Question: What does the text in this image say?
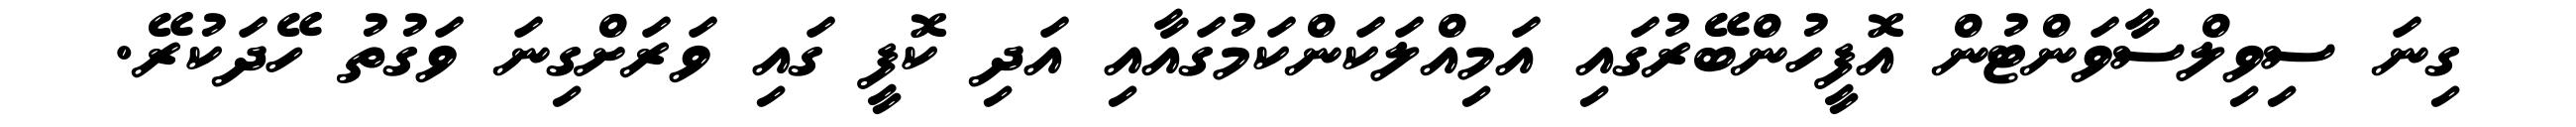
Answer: ގިނަ ސިވިލްސާވަންޓުން އޮފީހުންބޭރުގައި އަމިއްލަކަންކަމުގައާއި އަދި ކޮފީ ގައި ވަރަށްގިނަ ވަގުތު ހޭދަކުރޭ.